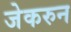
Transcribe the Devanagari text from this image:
जेकरुन